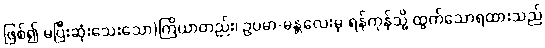
ဖြစ်၍ မပြီးဆုံးသေးသော)ကြိယာတည်း၊ ဥပမာ-မန္တလေးမှ ရန်ကုန်သို့ ထွက်သောရထားသည်